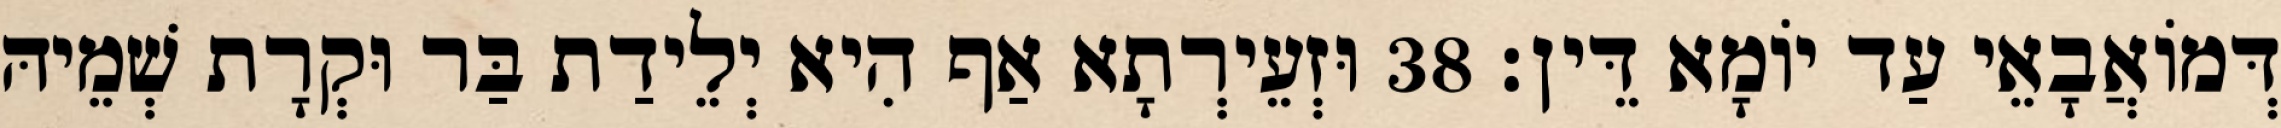
דְּמוֹאֲבָאֵי עַד יוֹמָא דֵּין׃ 38 וּזְעֵירְתָא אַף הִיא יְלֵידַת בַּר וּקְרָת שְׁמֵיהּ